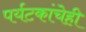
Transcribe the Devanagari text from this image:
पर्यटकांचेही